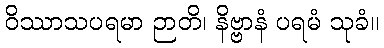
ဝိဿာသပရမာ ဉာတိ၊ နိဗ္ဗာနံ ပရမံ သုခံ။